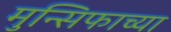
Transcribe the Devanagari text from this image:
मुन्सिफाच्या